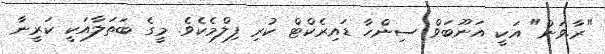
"ރާ.ވަން" އަކީ އަނޫބަވް ސިންހާ ޑައިރެކްޓް ކުރި ފިލްމެކެވެ. މީގެ ބަތަލާއަކީ ކަރީނާ